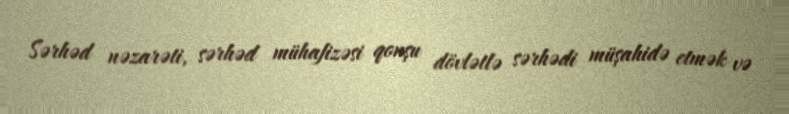
Sərhəd nəzarəti, sərhəd mühafizəsi qonşu dövlətlə sərhədi müşahidə etmək və